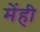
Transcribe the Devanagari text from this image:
मेंही